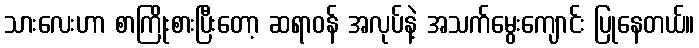
သားလေးဟာ စာကြိုးစားပြီးတော့ ဆရာဝန် အလုပ်နဲ့ အသက်မွေးကျောင်း ပြုနေတယ်။